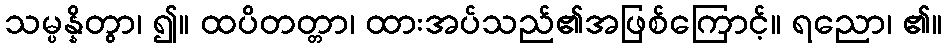
သမ္ပန္နိတွာ၊ ၍။ ထပိတတ္တာ၊ ထားအပ်သည်၏အဖြစ်ကြောင့်။ ရညော၊ ၏။